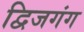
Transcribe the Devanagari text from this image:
द्विजगंग